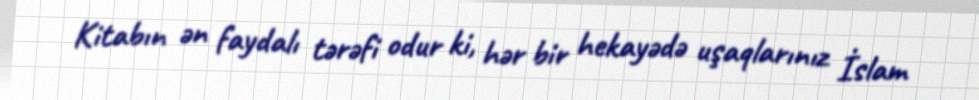
Kitabın ən faydalı tərəfi odur ki, hər bir hekayədə uşaqlarınız İslam